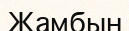
Жамбын